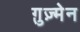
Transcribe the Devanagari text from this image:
ग़ुज़्मेन